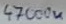
Text: 47000u